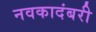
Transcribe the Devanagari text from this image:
नवकादंबरी